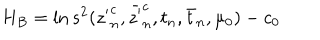
H _ { B } = \ln s ^ { 2 } ( { z ^ { \prime } } _ { n } ^ { c } , \bar { z ^ { \prime } } _ { n } ^ { c } , t _ { n } , \bar { t } _ { n } , \mu _ { 0 } ) - c _ { 0 }